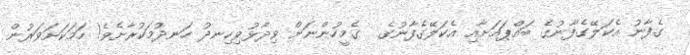
ގެފާނު އެކަލޭގެފާނުގެ ބައްޕައަށާއި އެކަލޭގެފާނުގެ  ގެމީހުންނަށް ވިދާޅުވިހިނދު ހަނދުމަކުރާށެވެ! ހަމަކަށަވަރުން